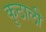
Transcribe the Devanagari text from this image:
कुठाली